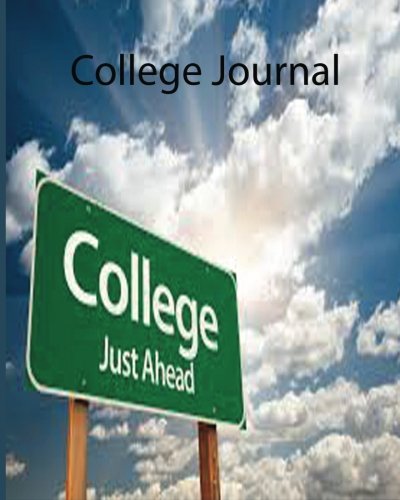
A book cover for College Journal; "Col Inc126; Crafts, Hobbies & Home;